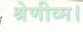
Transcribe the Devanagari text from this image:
श्रेणीव्म।